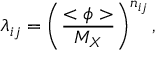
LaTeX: \lambda _ { i j } = \left( { \frac { < \phi > } { M _ { X } } } \right) ^ { n _ { i j } } ,